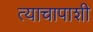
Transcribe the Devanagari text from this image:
त्याचापाशी